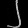
Digit: ၂